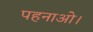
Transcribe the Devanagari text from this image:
पहनाओ।